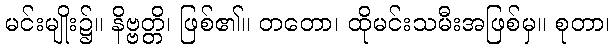
မင်းမျိုး၌။ နိဗ္ဗတ္တိ၊ ဖြစ်၏။ တတော၊ ထိုမင်းသမီးအဖြစ်မှ။ စုတာ၊